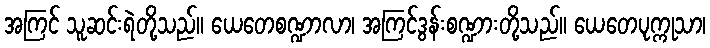
အကြင် သူဆင်းရဲတို့သည်။ ယေတေစဏ္ဍာလာ၊ အကြင်ဒွန်းစဏ္ဍားတို့သည်။ ယေတေပုက္ကုသာ၊